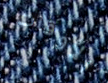
الأوقات